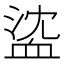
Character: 𧖶